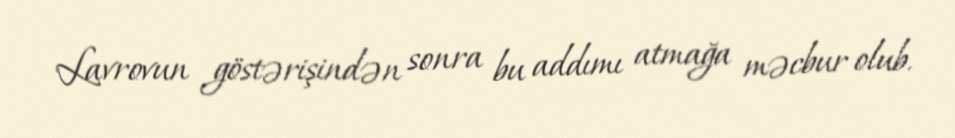
Lavrovun göstərişindən sonra bu addımı atmağa məcbur olub.